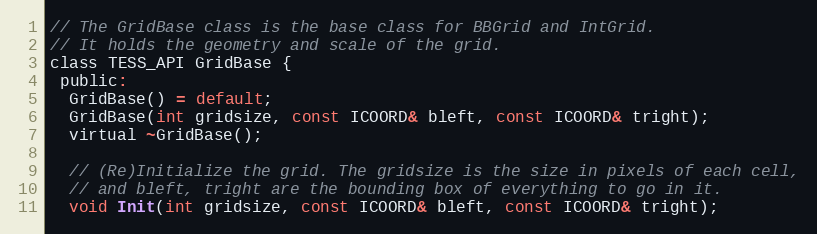
Language: C
// The GridBase class is the base class for BBGrid and IntGrid.
// It holds the geometry and scale of the grid.
class TESS_API GridBase {
 public:
  GridBase() = default;
  GridBase(int gridsize, const ICOORD& bleft, const ICOORD& tright);
  virtual ~GridBase();

  // (Re)Initialize the grid. The gridsize is the size in pixels of each cell,
  // and bleft, tright are the bounding box of everything to go in it.
  void Init(int gridsize, const ICOORD& bleft, const ICOORD& tright);